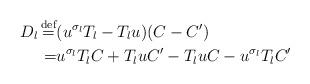
LaTeX: \begin{align*}D_{l}\mathop{=}^\textnormal{def}&(u^{\sigma_l}T_l-T_lu)(C-C')\\=&u^{\sigma_l}T_lC+T_luC'-T_luC-u^{\sigma_l}T_lC'\end{align*}